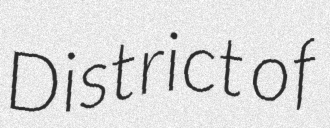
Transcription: District of